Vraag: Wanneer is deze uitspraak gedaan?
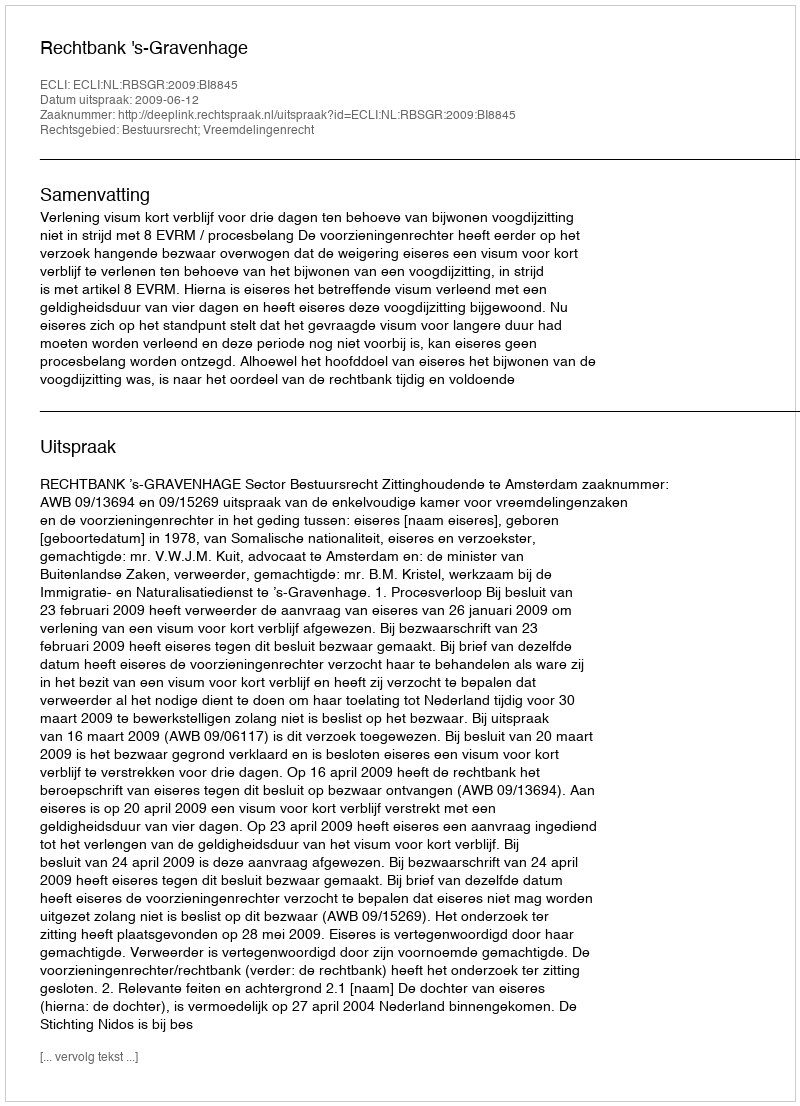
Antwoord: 2009-06-12